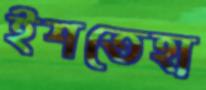
ইশতেহা